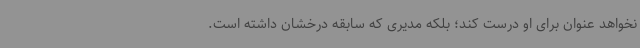
نخواهد عنوان برای او درست کند؛ بلکه مدیری که سابقه درخشان داشته است.